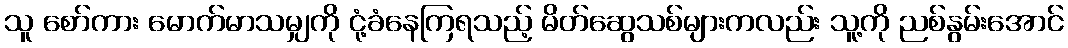
သူ စော်ကား မောက်မာသမျှကို ငုံ့ခံနေကြရသည့် မိတ်ဆွေသစ်များကလည်း သူ့ကို ညစ်နွမ်းအောင်